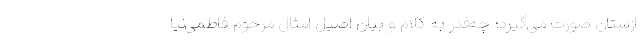
ازستان صورت می‌گیرد؛ چه‌قدر به کلام و بیان اصیل امثال مرحوم فاطمی‌نیا